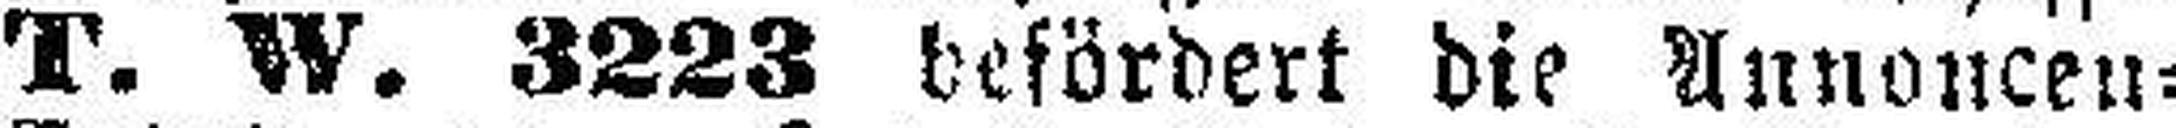
T. W. 3223 befördert die Annonce=